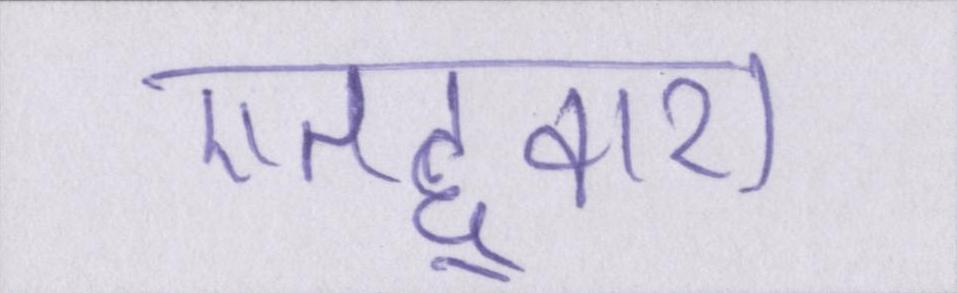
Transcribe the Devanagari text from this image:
एतद्द्वारा